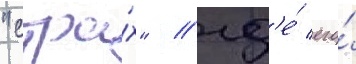
"стра́х" / гд'е́ его́